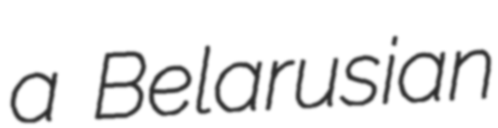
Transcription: a Belarusian